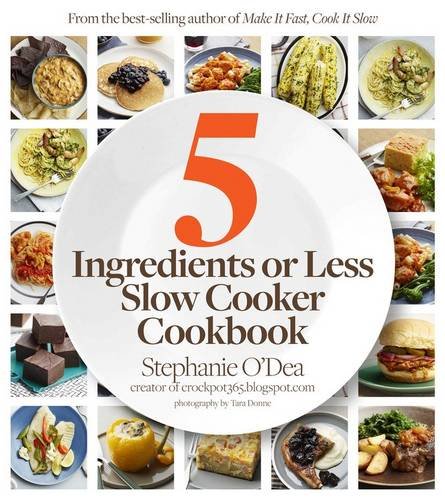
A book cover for Five Ingredients or Less Slow Cooker Cookbook; Stephanie O'Dea; Cookbooks, Food & Wine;